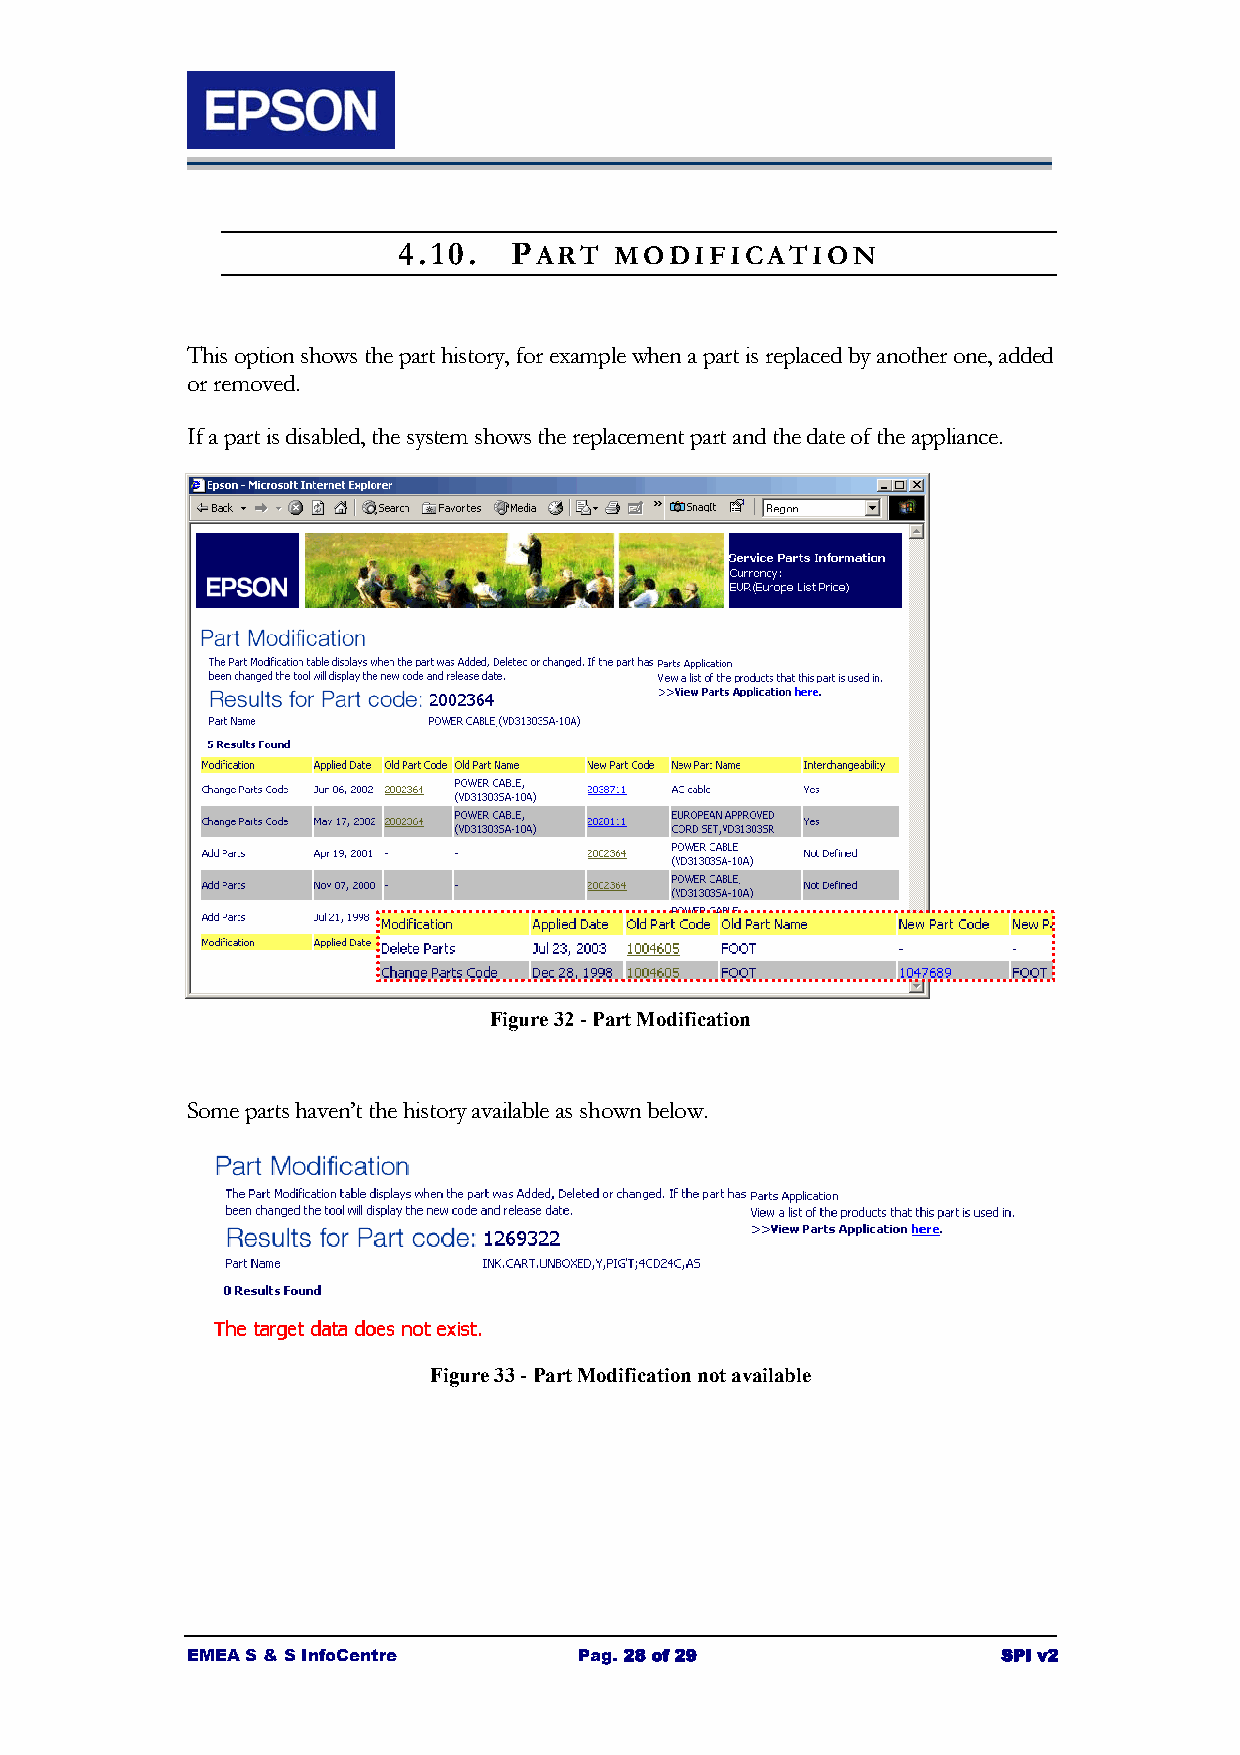
4.10.   PART   MODIFICATION
 This option shows the part history, for example when a part is replaced by another one, added
 or removed.
 If a part is disabled, the system shows the replacement part and the date of the appliance.
 Figure 32 - Part Modification
 Some parts haven’t the history available as shown below.
 Figure 33 - Part Modification not available
 EMEA S & S InfoCentre     Pag. 28 of 29               SPI v2